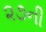
૨૭ની